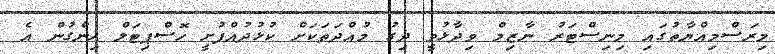
މިރަސްމިއްޔާތުގައި މިނިސްޓަރު ނާޒިމް ވިދާޅުވީ ދިގު މުއްދަތަކަށް ކުޅުދުއްފުށީ ހޮސްޕިޓަލް ހިންގުން އެ